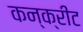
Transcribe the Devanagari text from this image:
कन्क्रीट